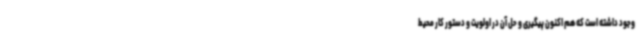
وجود داشته است که هم اکنون پیگیری و حل آن در اولویت و دستور کار محیط